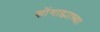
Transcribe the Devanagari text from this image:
सोंगाड्याच्या